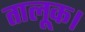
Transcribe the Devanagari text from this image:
तालूक।